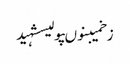
زخمیبنوںپولیسشہید